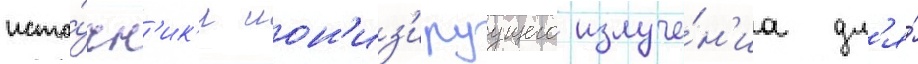
исто́чн'ик'и ион'из'ируущего излуче́н'иа дл'я́